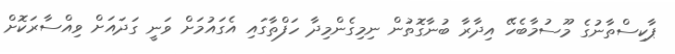
ޕާކިސްތާނުގެ މޫސުމާބެހޭ އިދާރާ ބުނާގޮތުން ނިމިގެންމިދާ ހަފްތާގައި އެގައުމަށް ވަނީ ގަދައަށް ވިއްސާރަކޮށް